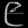
Digit: ၉